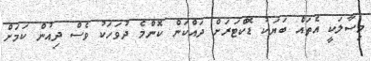
މިސާލަކީ އެތައް ބަޔަކު ޑޮކްޓަރަށް ދައްކަން ކޮންމެ ދުވަހަކު ވެސް ދިއުން ކަމަށް